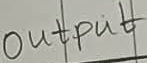
Text: Output